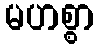
မဟစ္စာ